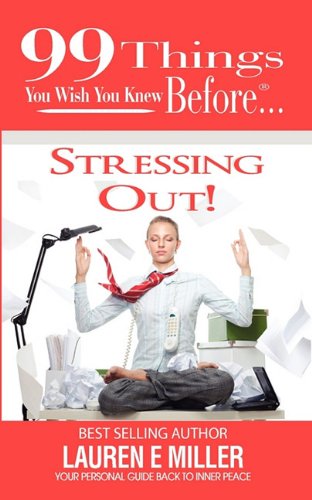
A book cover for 99 Things You Wish You Knew Before Stressing Out!; Lauren E. Miller; Cookbooks, Food & Wine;